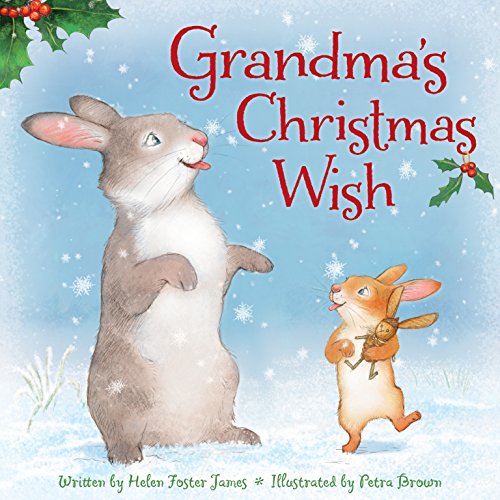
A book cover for Grandma's Christmas Wish; Helen Foster James; Children's Books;